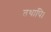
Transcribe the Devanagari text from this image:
तथापि।